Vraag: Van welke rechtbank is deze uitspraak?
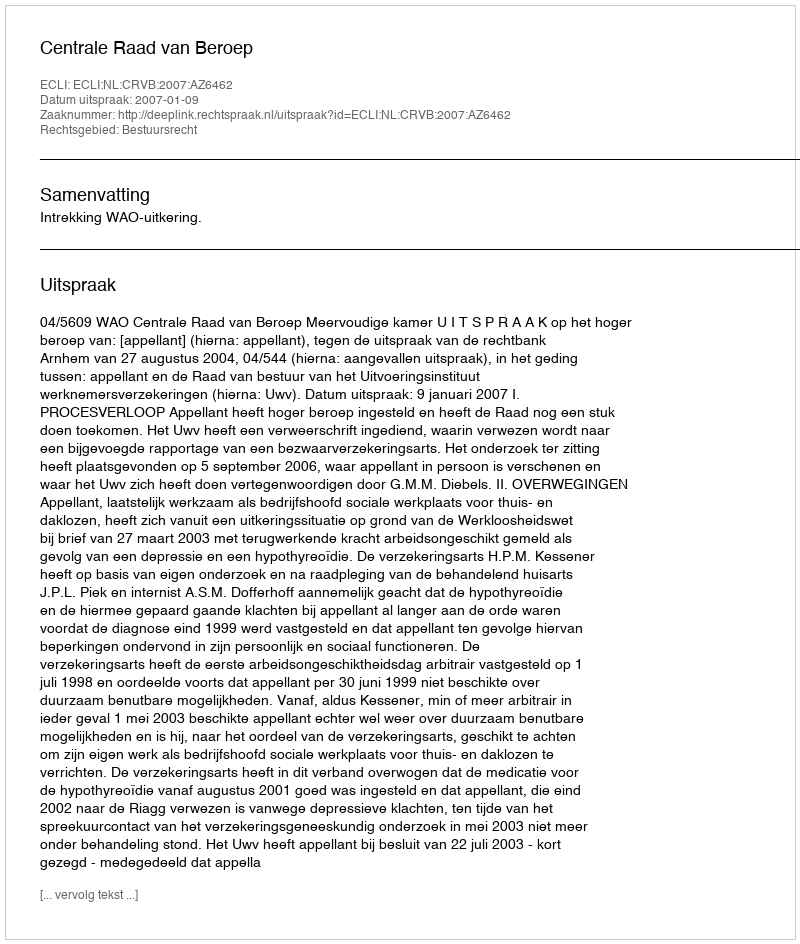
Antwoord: Centrale Raad van Beroep